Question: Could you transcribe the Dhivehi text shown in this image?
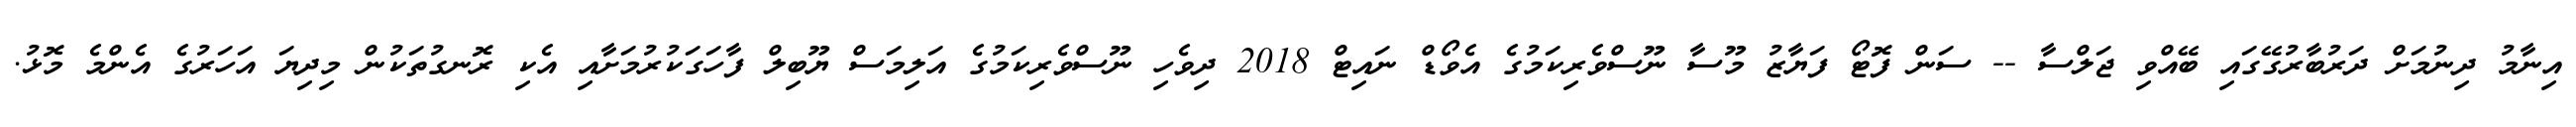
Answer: އިނާމު ދިނުމަށް ދަރުބާރުގޭގައި ބޭއްވި ޖަލްސާ -- ސަން ފޮޓޯ ފަޔާޒު މޫސާ ނޫސްވެރިކަމުގެ އެވޯޑް ނައިޓް 2018 ދިވެހި ނޫސްވެރިކަމުގެ އަލިމަސް ޔޫބިލް ފާހަގަކުރުމަށާއި އެކި ރޮނގުތަކުން މިދިޔަ އަހަރުގެ އެންމެ މޮޅު.